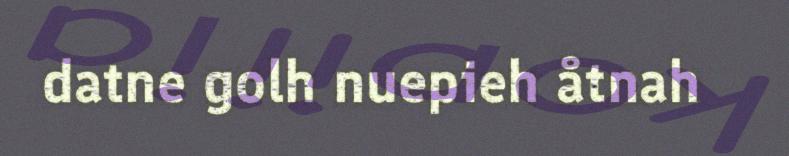
datne golh nuepieh åtnah